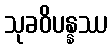
သုခဝိပန္နဿ